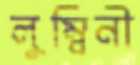
লুম্বিনী